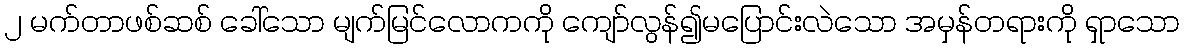
၂ မက်တာဖစ်ဆစ် ခေါ်သော မျက်မြင်လောကကို ကျော်လွန်၍မပြောင်းလဲသော အမှန်တရားကို ရှာသော